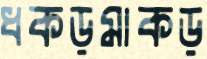
ধকড়মাকড়